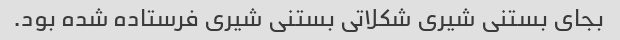
بجای بستنی شیری شکلاتی بستنی شیری فرستاده شده بود.